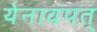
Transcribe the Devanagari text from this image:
येनावपत्